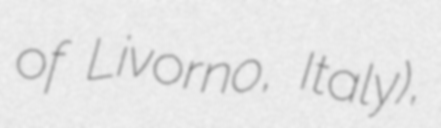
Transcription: of Livorno, Italy),